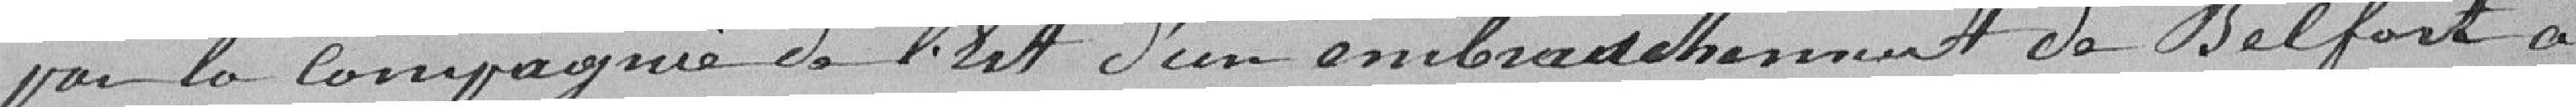
par la compagnie de l'Est d'un embranchement de Belfort à